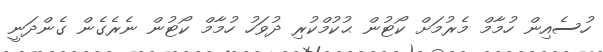
ހުސެއިން ހުމާމް މެރުމަށް ކޯޓުން ޙުކުމްކުރި ދުވަހު ހުމާމް ކޯޓުން ނެރެގެން ގެންދަނީ